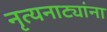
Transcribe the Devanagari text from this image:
नृत्यनाट्यांना